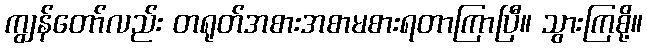
ကျွန်တော်လည်း တရုတ်အစားအစာမစားရတာကြာပြီ။ သွားကြစို့။